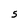
Character: 5